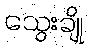
သွေးချို